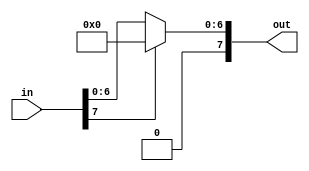
`timescale 1ns / 1ps
//////////////////////////////////////////////////////////////////////////////////
// Company: 
// Engineer: 
// 
// Design Name: 
// Module Name:    ReLU 
// Project Name: 
// Target Devices: 
// Tool versions: 
// Description: 
//
// Dependencies: 
//
// Revision: 
// Revision 0.01 - File Created
// Additional Comments: 
//
//////////////////////////////////////////////////////////////////////////////////
module ReLU
#(parameter N = 8)
(
	input [N-1 : 0] in,
	output reg [N-1 : 0] out
);

wire sgn_in;

assign sgn_in = in[N-1];

always @(*)
	if(sgn_in == 0)
		out = in;
	else
		out = 0;

endmodule